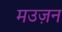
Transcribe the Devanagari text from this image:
मउज़न